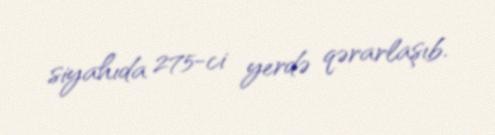
siyahıda 275-ci yerdə qərarlaşıb.